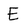
Character: E